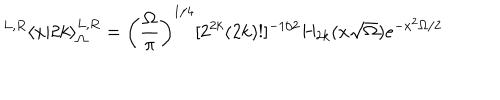
{ } ^ { L , R } \langle x | 2 k \rangle _ { \Omega } ^ { L , R } = \left( { \frac { \Omega } { \pi } } \right) ^ { 1 / 4 } [ 2 ^ { 2 k } ( 2 k ) ! ] ^ { - 1 / 2 } H _ { 2 k } ( x \sqrt { \Omega } ) e ^ { - x ^ { 2 } \Omega / 2 }